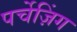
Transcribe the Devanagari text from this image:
पर्चेज़िंग